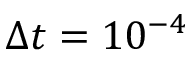
\Delta t = 1 0 ^ { - 4 }